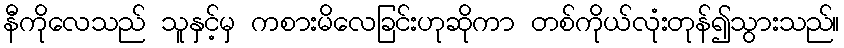
နီကိုလေသည် သူနှင့်မှ ကစားမိလေခြင်းဟုဆိုကာ တစ်ကိုယ်လုံးတုန်၍သွားသည်။